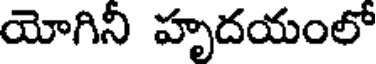
యోగినీ హృదయంలో